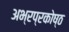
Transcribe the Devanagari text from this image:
अभ्रप्रकोष्ठ